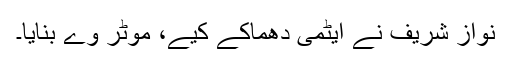
نواز شریف نے ایٹمی دھماکے کیے، موٹر وے بنایا۔